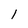
Character: 1